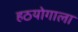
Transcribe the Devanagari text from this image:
हठयोगाला